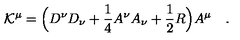
{ \cal K } ^ { \mu } = \Big ( D ^ { \nu } D _ { \nu } + \frac { 1 } { 4 } A ^ { \nu } A _ { \nu } + \frac { 1 } { 2 } R \Big ) A ^ { \mu } \quad .